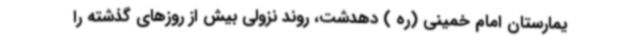
یمارستان امام خمینی (ره ) دهدشت، روند نزولی بیش از روزهای گذشته را